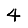
Digit: 4